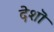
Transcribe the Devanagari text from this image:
देशॊ